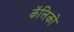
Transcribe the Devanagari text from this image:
कॅलिको